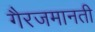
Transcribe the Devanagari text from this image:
गैरजमानती